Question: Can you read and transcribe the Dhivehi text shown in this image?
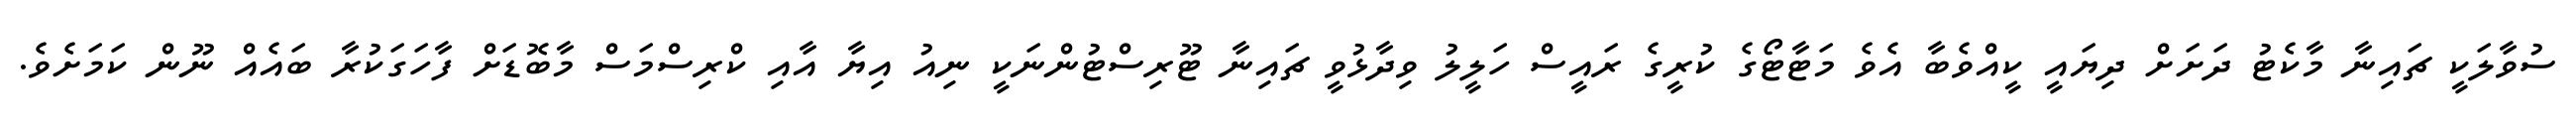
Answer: ސުވާލަކީ ޗައިނާ މާކެޓު ދަށަށް ދިޔައީ ކީއްވެބާ އެވެ މަޓާޓޯގެ ކުރީގެ ރައީސް ހަލީލު ވިދާޅުވީ ޗައިނާ ޓޫރިސްޓުންނަކީ ނިއު އިޔާ އާއި ކްރިސްމަސް މާބޮޑަށް ފާހަގަކުރާ ބައެއް ނޫން ކަމަށެވެ.